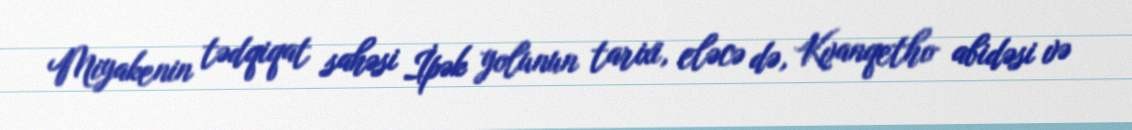
Miyakenin tədqiqat sahəsi İpək yolunun tarixi, eləcə də, Kvanqetho abidəsi və